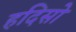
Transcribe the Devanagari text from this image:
हदिसो